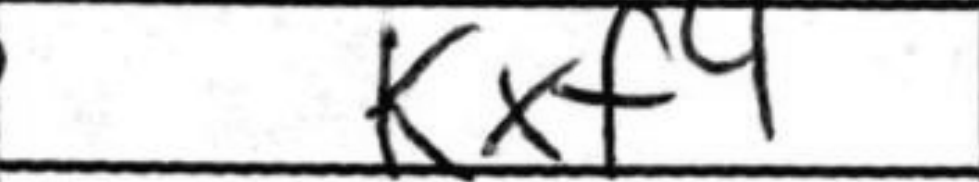
Transcription: Kxf4